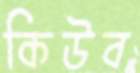
কিউব